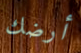
أرضك